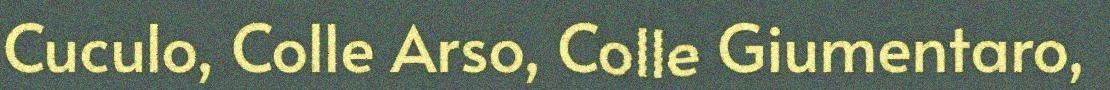
Cuculo, Colle Arso, Colle Giumentaro,